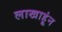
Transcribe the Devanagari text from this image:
लाखाहूंन